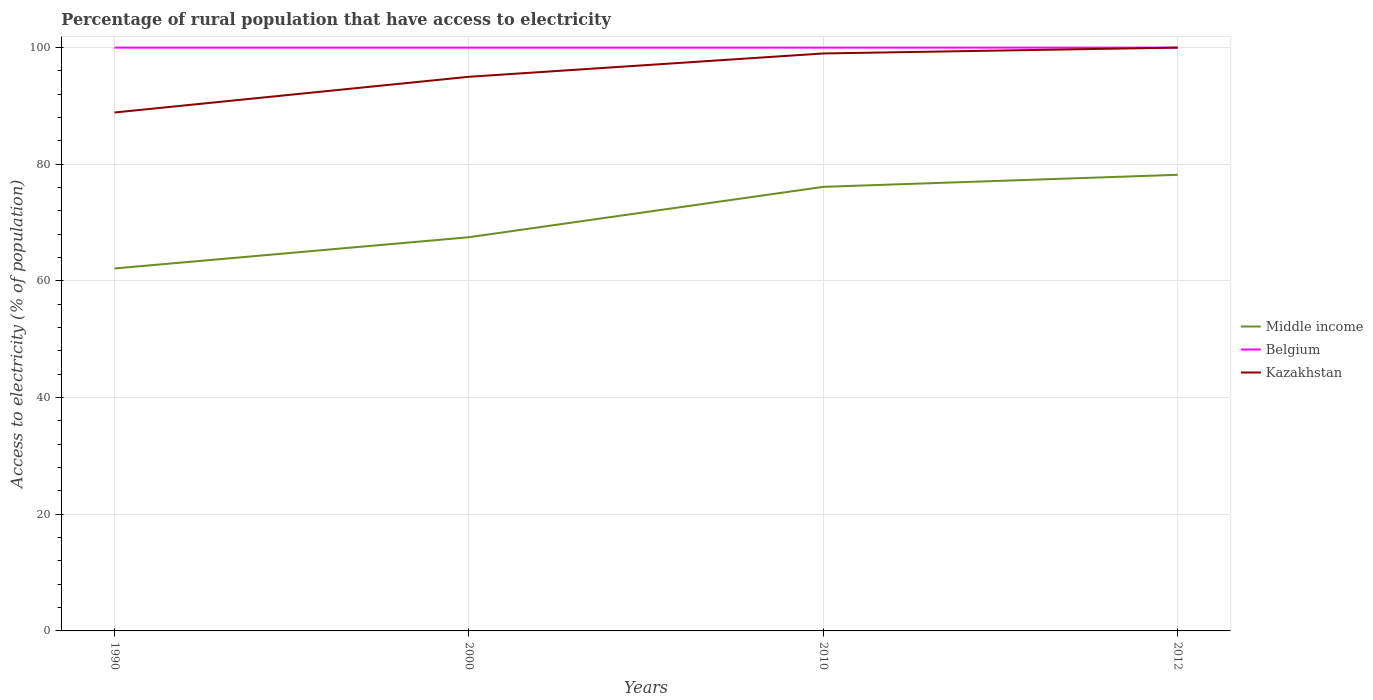
| Years | Middle income | Belgium | Kazakhstan |
 | --- | --- | --- | --- |
 | 1990 | 62.1 | 100 | 88.9 |
 | 2000 | 67.5 | 100 | 95 |
 | 2010 | 76.1 | 100 | 99 |
 | 2012 | 78.2 | 100 | 100 |